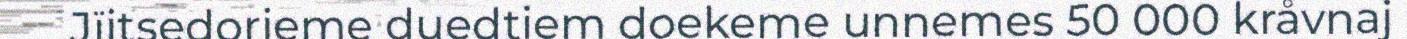
Jïjtsedorjeme duedtiem doekeme unnemes 50 000 kråvnaj